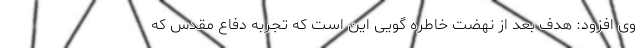
وی افزود: هدف بعد از نهضت خاطره گویی این است که تجربه دفاع مقدس که